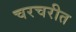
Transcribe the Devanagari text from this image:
चरचरीत